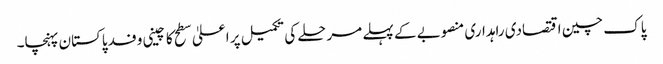
پاک چین اقتصادی راہداری منصوبے کے پہلے مرحلے کی تکمیل پر اعلیٰ سطح کا چینی وفد پاکستان پہنچا۔